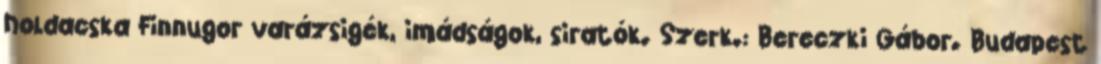
holdacska Finnugor varázsigék, imádságok, siratók. Szerk.: Bereczki Gábor. Budapest